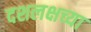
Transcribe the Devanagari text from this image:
दशलक्षच्या